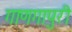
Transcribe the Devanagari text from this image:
गाणगापुरी